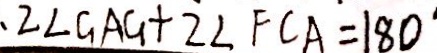
2 \angle G A G + 2 \angle F C A = 1 8 0 ^ { \circ }